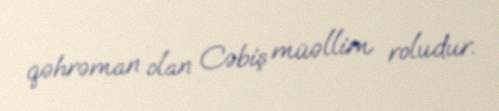
qəhrəman olan Cəbiş müəllim roludur.